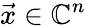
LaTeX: \vec{x}\in\mathbb{C}^{n}